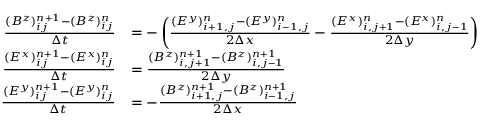
\begin{array} { r l } { \frac { ( B ^ { z } ) _ { i j } ^ { n + 1 } - ( B ^ { z } ) _ { i j } ^ { n } } { \Delta t } } & { = - \left( \frac { ( E ^ { y } ) _ { i + 1 , j } ^ { n } - ( E ^ { y } ) _ { i - 1 , j } ^ { n } } { 2 \Delta x } - \frac { ( E ^ { x } ) _ { i , j + 1 } ^ { n } - ( E ^ { x } ) _ { i , j - 1 } ^ { n } } { 2 \Delta y } \right) } \\ { \frac { ( E ^ { x } ) _ { i j } ^ { n + 1 } - ( E ^ { x } ) _ { i j } ^ { n } } { \Delta t } } & { = \frac { ( B ^ { z } ) _ { i , j + 1 } ^ { n + 1 } - ( B ^ { z } ) _ { i , j - 1 } ^ { n + 1 } } { 2 \Delta y } } \\ { \frac { ( E ^ { y } ) _ { i j } ^ { n + 1 } - ( E ^ { y } ) _ { i j } ^ { n } } { \Delta t } } & { = - \frac { ( B ^ { z } ) _ { i + 1 , j } ^ { n + 1 } - ( B ^ { z } ) _ { i - 1 , j } ^ { n + 1 } } { 2 \Delta x } } \end{array}